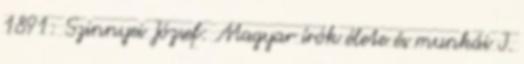
1891: Szinnyei József: Magyar írók élete és munkái I.